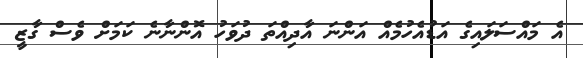
އެ މައްސަލައިގެ އަޑުއެހުމެއް އަންނަ އާދިއްތަ ދުވަހު އޮންނާނެ ކަމަށް ވެސް ގާޒީ